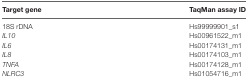
<table><thead><tr><td><b>Target gene</b></td><td><b>TaqMan assay ID</b></td></tr></thead><tbody><tr><td>18S rDNA</td><td>Hs99999901_s1</td></tr><tr><td><i>IL10</i></td><td>Hs00961522_m1</td></tr><tr><td><i>IL6</i></td><td>Hs00174131_m1</td></tr><tr><td><i>IL8</i></td><td>Hs00174103_m1</td></tr><tr><td><i>TNFA</i></td><td>Hs00174128_m1</td></tr><tr><td><i>NLRC3</i></td><td>Hs01054716_m1</td></tr></tbody></table>